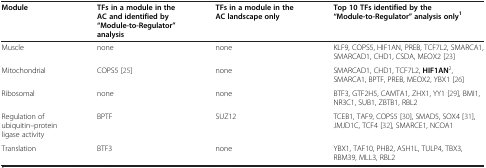
<table><thead><tr><td><b>Module</b></td><td><b>TFs in a module in the AC and identified by “Module-to-Regulator” analysis</b></td><td><b>TFs in a module in the AC landscape only</b></td><td><b>Top 10 TFs identified by the “Module-to-Regulator” analysis only<sup>1</sup></b></td></tr></thead><tbody><tr><td>Muscle</td><td>none</td><td>none</td><td>KLF9, COPS5, HIF1AN, PREB, TCF7L2, SMARCA1, SMARCAD1, CHD1, CSDA, MEOX2 [23]</td></tr><tr><td>Mitochondrial</td><td>COPS5 [25]</td><td>none</td><td>SMARCAD1, CHD1, TCF7L2, <b>HIF1AN</b><sup>2</sup>, SMARCA1, BPTF, PREB, MEOX2, YBX1 [26]</td></tr><tr><td>Ribosomal</td><td>none</td><td>none</td><td>BTF3, GTF2H5, CAMTA1, ZHX1, YY1 [29], BMI1, NR3C1, SUB1, ZBTB1, RBL2</td></tr><tr><td>Regulation of ubiquitin–protein ligase activity</td><td>BPTF</td><td>SUZ12</td><td>TCEB1, TAF9, COPS5 [30], SMAD5, SOX4 [31], JMJD1C, TCF4 [32], SMARCE1, NCOA1</td></tr><tr><td>Translation</td><td>BTF3</td><td>none</td><td>YBX1, TAF10, PHB2, ASH1L, TULP4, TBX3, RBM39, MLL3, RBL2</td></tr></tbody></table>